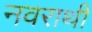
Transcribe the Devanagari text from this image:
नवराथी